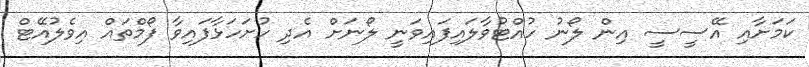
ކަމަށާއި އޭސީސީ އިން ލޯނު ހުއްޓުވާލައިފައިވަނީ ލޯނަށް އެދި ހުށަހަޅާފައިވާ ފޯމްތައް އިވެލުއޭޓް